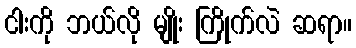
ငါးကို ဘယ်လို မျိုး ကြိုက်လဲ ဆရာ။